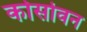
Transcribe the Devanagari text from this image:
कोसोवन